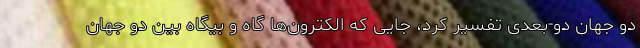
دو جهان دو-بعدی تفسیر کرد، جایی که الکترون‌ها گاه و بیگاه بین دو جهان